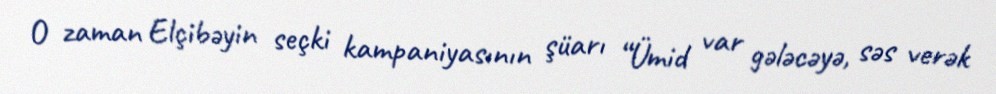
O zaman Elçibəyin seçki kampaniyasının şüarı “Ümid var gələcəyə, səs verək